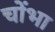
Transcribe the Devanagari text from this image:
चोंभा